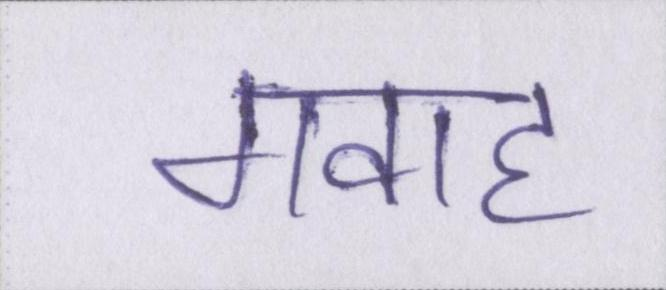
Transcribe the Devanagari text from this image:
गवाह